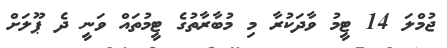
ޖުމްލަ 14 ޓީމު ވާދަކުރާ މި މުބާރާތުގެ ޓީމުތައް ވަނީ ދެ ޕޫލަށް